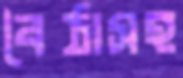
বৈঠাসহ